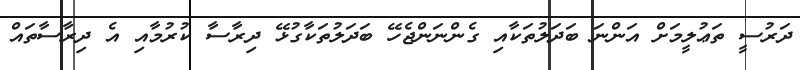
ދަރުސީ ތަޢުލީމަށް އަންނަ ބަދަލުތަކާއި ގެންނަންޖެހޭ ބަދަލުތަކާގުޅޭ ދިރާސާ ކުރުމާއި އެ ދިރާސާތައް